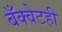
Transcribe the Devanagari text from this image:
बँक्वेटही